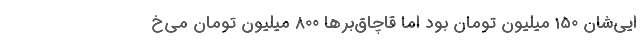
ایی‌شان 150 میلیون تومان بود اما قاچاق‌برها 800 میلیون تومان می‌خ